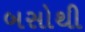
બસોથી